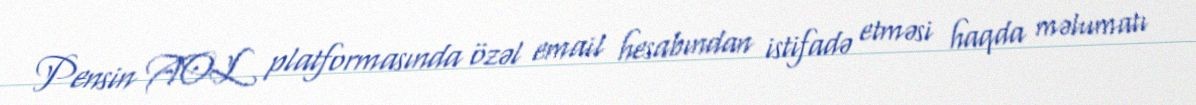
Pensin AOL platformasında özəl email hesabından istifadə etməsi haqda məlumatı